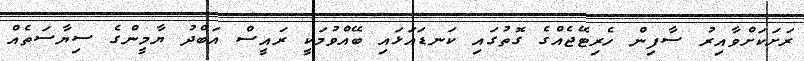
ރަށަކަށްވާއިރު ސާފިން ހެރިޓޭޖެއްގެ ގޮތުގައި ކަނޑައަޅައި ބޭއްވުމަކީ ރައީސް އަބްދު ޔާމީންގެ ސިޔާސަތެއް